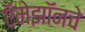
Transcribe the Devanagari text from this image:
ऍमेझॉनचे